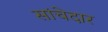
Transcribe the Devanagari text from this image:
सांचेदार